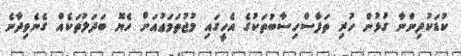
ކުޑަކުދިންނާ ގުޅުން ހުރި ތަފާސްހިސާބުތަކުގެ އެހީގައި މުޖުތަމަޢުއަށް ހެޔޮ ބަދަލުތަކެއް ގެނެވިދާނެ